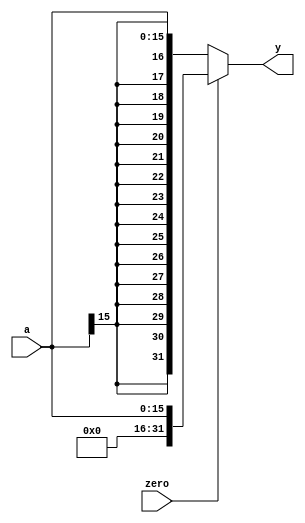
`timescale 1ns/1ps

// extend sign of immediate value to 32 bits
module signext(input  [15:0] a,
					input 		  zero,
               output [31:0] y);

  // version with selection between zero and sign extetion
  assign #1 y = zero ? {16'b0, a} : {{16{a[15]}}, a};
endmodule